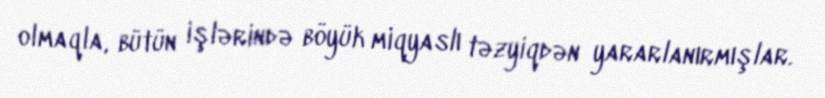
olmaqla, bütün işlərində böyük miqyaslı təzyiqdən yararlanırmışlar.